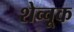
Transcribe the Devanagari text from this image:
शेव्चूक